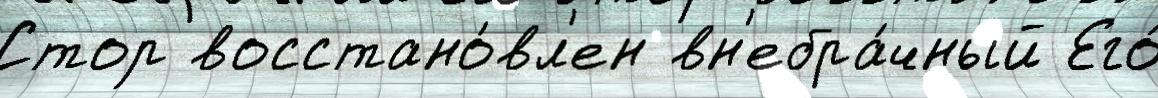
Стор восстано́вл'ен вн'ебра́чный Его́